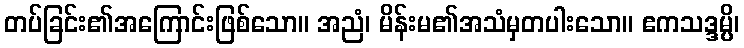
တပ်ခြင်း၏အကြောင်းဖြစ်သော။ အညံ၊ မိန်းမ၏အသံမှတပါးသော။ ဧကသဒ္ဒမ္ပိ၊